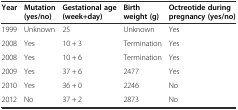
| Year | Mutation (yes/no) | Gestational age (week+day) | Birth weight (g) | Octreotide during pregnancy (yes/no) |
 | --- | --- | --- | --- | --- |
 | 1999 | Unknown | 25 | Unknown | Yes |
 | 2008 | Yes | 10 + 3 | Termination | Yes |
 | 2008 | Yes | 10 + 6 | Termination | Yes |
 | 2009 | Yes | 37 + 6 | 2477 | Yes |
 | 2010 | Yes | 36 + 0 | 2246 | No |
 | 2012 | No | 37 + 2 | 2873 | No |